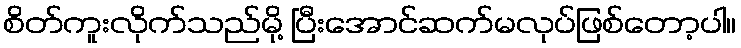
စိတ်ကူးလိုက်သည်မို့ ပြီးအောင်ဆက်မလုပ်ဖြစ်တော့ပါ။